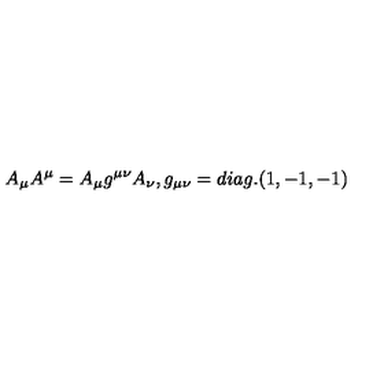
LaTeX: A _ { \mu } A ^ { \mu } = A _ { \mu } g ^ { \mu \nu } A _ { \nu } , g _ { \mu \nu } = d i a g . ( 1 , - 1 , - 1 )